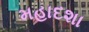
મહાદશા